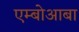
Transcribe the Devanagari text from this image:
एम्बोआबा